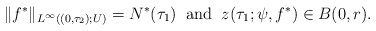
\begin{align*}\|f^*\|_{L^\infty((0, \tau_2); U)}=N^*(\tau_1)\;\;\mbox{\rm and}\;\; z(\tau_1;\psi,f^*) \in B(0,r).\end{align*}